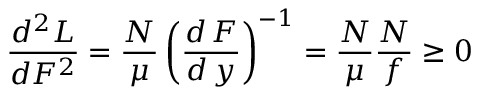
\frac { d ^ { 2 } L } { d F ^ { 2 } } = \frac { N } { \mu } \left( \frac { d \, F } { d \, y } \right) ^ { - 1 } = \frac { N } { \mu } \frac { N } { f } \geq 0